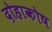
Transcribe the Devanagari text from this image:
दोहाकोष